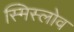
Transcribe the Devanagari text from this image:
स्मिस्लोव